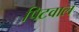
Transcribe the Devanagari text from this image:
पिटवाल